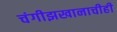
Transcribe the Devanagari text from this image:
चंगीझखानाचीही